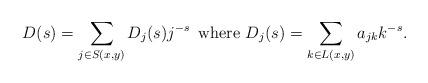
LaTeX: \begin{align*}D(s) = \sum_{j \in S(x,y)}{D_{j}(s) j^{-s}}\, \mbox{ where } D_{j}(s) = \sum_{k \in L(x,y)}{a_{j k} k^{-s}}.\end{align*}